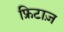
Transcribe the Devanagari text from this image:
फ्रिटाज़